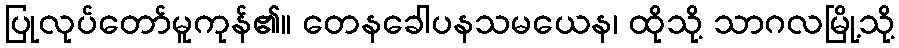
ပြုလုပ်တော်မူကုန်၏။ တေနခေါပနသမယေန၊ ထိုသို့ သာဂလမြို့သို့